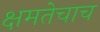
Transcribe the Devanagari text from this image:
क्षमतेचाच